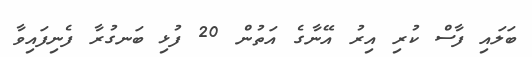
ބަލައި ފާސް ކުރި އިރު އޭނާގެ އަތުން 20 ފުޅި ބަނގުރާ ފެނިފައިވާ